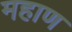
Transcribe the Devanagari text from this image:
महाण